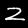
Digit: 2